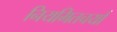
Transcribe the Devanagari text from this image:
नियमितचर्या